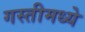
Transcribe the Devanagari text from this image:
गस्तीमध्ये